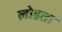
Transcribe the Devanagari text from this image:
लोडता